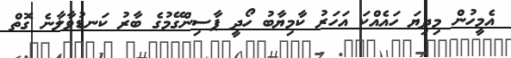
އެމީހުން މިދިޔަ ހައެއްކަ އަހަރު ކާމިޔާބު ހޯދީ ޕާސިންގޭމުގެ ބާރު ކަނޑުވާލާނެ ގޮތް